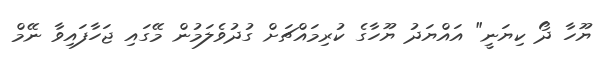
ޔޫހާ ދޯ ކިޔަނީ" އައްޔަދު ޔޫހާގެ ކުރިމައްޗަށް ގުދުވެލަމުން މޭގައި ޖަހާފައިވާ ނޭމް